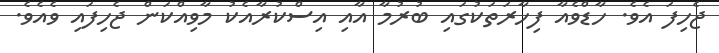
ޖެހިފަ އެވެ. ހާޑްވެއާ ފިހާރަތަކުގައި ބުރުމާ އާއި އިސްކުރާއެކު މާވިއްކަން ޖެހިފައި ވެއެވެ.